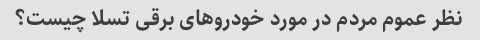
نظر عموم مردم در مورد خودروهای برقی تسلا چیست؟